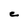
Character: C